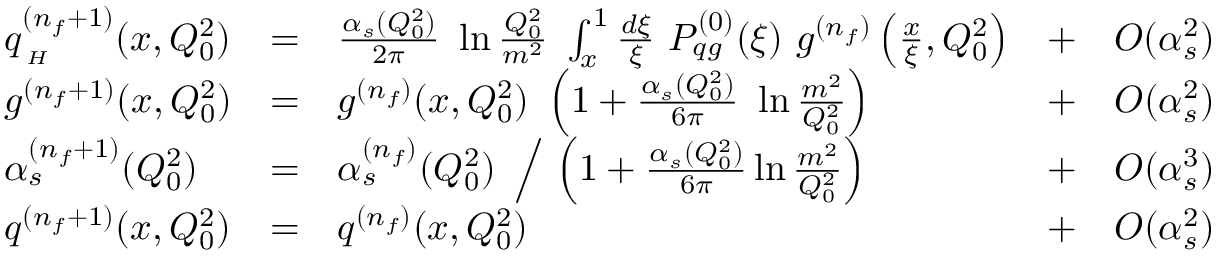
\begin{array} { l l l l l } { { q _ { { } \atop { \tiny { H } } } ^ { ( n _ { f } + 1 ) } ( x , Q _ { 0 } ^ { 2 } ) } } & { { = } } & { { \frac { \alpha _ { s } ( Q _ { 0 } ^ { 2 } ) } { 2 \pi } \ \ln \frac { Q _ { 0 } ^ { 2 } } { m ^ { 2 } } \ \int _ { x } ^ { 1 } \frac { d \xi } { \xi } \ P _ { q g } ^ { ( 0 ) } ( \xi ) \ g ^ { ( n _ { f } ) } \left( \frac { x } { \xi } , Q _ { 0 } ^ { 2 } \right) } } & { { + } } & { { { \cal { O } } ( \alpha _ { s } ^ { 2 } ) } } \\ { { g ^ { ( n _ { f } + 1 ) } ( x , Q _ { 0 } ^ { 2 } ) } } & { { = } } & { { g ^ { ( n _ { f } ) } ( x , Q _ { 0 } ^ { 2 } ) \ \left( 1 + \frac { \alpha _ { s } ( Q _ { 0 } ^ { 2 } ) } { 6 \pi } \ \ln \frac { m ^ { 2 } } { Q _ { 0 } ^ { 2 } } \right) } } & { { + } } & { { { \cal { O } } ( \alpha _ { s } ^ { 2 } ) } } \\ { { \alpha _ { s } ^ { ( n _ { f } + 1 ) } ( Q _ { 0 } ^ { 2 } ) } } & { { = } } & { { \alpha _ { s } ^ { ( n _ { f } ) } ( Q _ { 0 } ^ { 2 } ) \ \left/ \ \left( 1 + \frac { \alpha _ { s } ( Q _ { 0 } ^ { 2 } ) } { 6 \pi } \ln \frac { m ^ { 2 } } { Q _ { 0 } ^ { 2 } } \right) \right. } } & { { + } } & { { { \cal { O } } ( \alpha _ { s } ^ { 3 } ) } } \\ { { q ^ { ( n _ { f } + 1 ) } ( x , Q _ { 0 } ^ { 2 } ) } } & { { = } } & { { q ^ { ( n _ { f } ) } ( x , Q _ { 0 } ^ { 2 } ) } } & { { + } } & { { { \cal { O } } ( \alpha _ { s } ^ { 2 } ) } } \end{array}